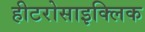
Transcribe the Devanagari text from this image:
हीटरोसाइक्लिक